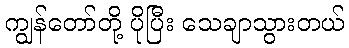
ကျွန်တော်တို့ ပိုပြီး သေချာသွားတယ်